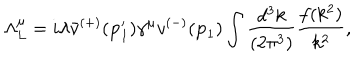
\Lambda _ { L } ^ { \mu } = i \lambda \bar { v } ^ { ( + ) } ( { \bf p } _ { 1 } ^ { \prime } ) \gamma ^ { \mu } v ^ { ( - ) } ( { \bf p } _ { 1 } ) \int \frac { d ^ { 3 } k } { ( 2 \pi ^ { 3 } ) } \frac { f ( k ^ { 2 } ) } { k ^ { 2 } } ,